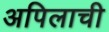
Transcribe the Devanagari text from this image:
अपिलाची